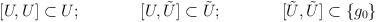
LaTeX: \begin{align*}[U,U]\subset U ;\hspace{1.5 cm}[U,\tilde{U}]\subset \tilde{U};\hspace{1.5cm}[\tilde{U},\tilde{U}]\subset \{ g_{0}\}\end{align*}